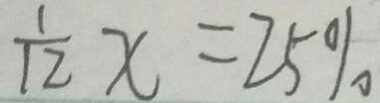
\frac { 1 } { 1 2 } x = 2 5 \%